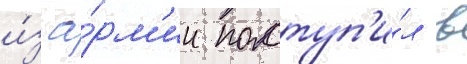
и́з а́рм'ии поступ'и́л в